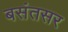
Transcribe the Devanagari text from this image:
बसंतसर